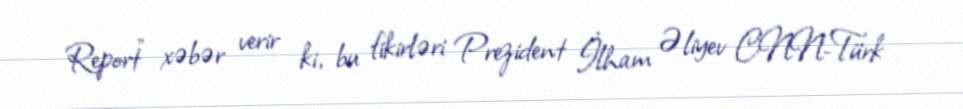
Report" xəbər verir ki, bu fikirləri Prezident İlham Əliyev CNN-Türk